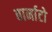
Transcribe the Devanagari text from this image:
बार्नाटो